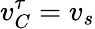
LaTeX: v_{C}^{\tau}=v_{s}